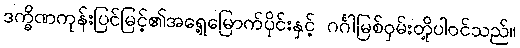
ဒက္ခိဏကုန်းပြင်မြင့်၏အရှေ့မြောက်ပိုင်းနှင့် ဂင်္ဂါမြစ်ဝှမ်းတို့ပါဝင်သည်။